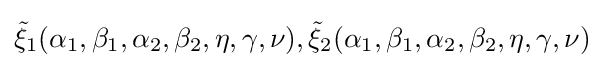
{\tilde {\xi }}_{1}(\alpha _{1},\beta _{1},\alpha _{2},\beta _{2},\eta ,\gamma ,\nu ),{\tilde {\xi }}_{2}(\alpha _{1},\beta _{1},\alpha _{2},\beta _{2},\eta ,\gamma ,\nu )